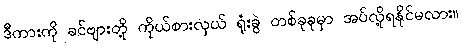
ဒီကားကို ခင်ဗျားတို့ ကိုယ်စားလှယ် ရုံးခွဲ တစ်ခုခုမှာ အပ်လို့ရနိုင်မလား။